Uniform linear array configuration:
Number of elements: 48
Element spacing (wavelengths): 0.25
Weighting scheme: exponential
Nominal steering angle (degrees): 45
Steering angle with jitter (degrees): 44.595
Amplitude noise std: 0.05
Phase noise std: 0.05

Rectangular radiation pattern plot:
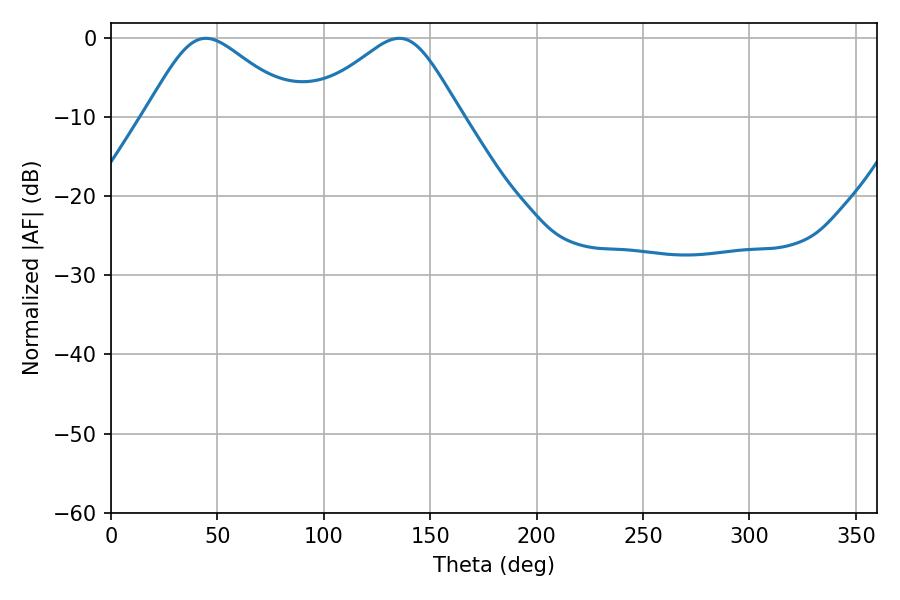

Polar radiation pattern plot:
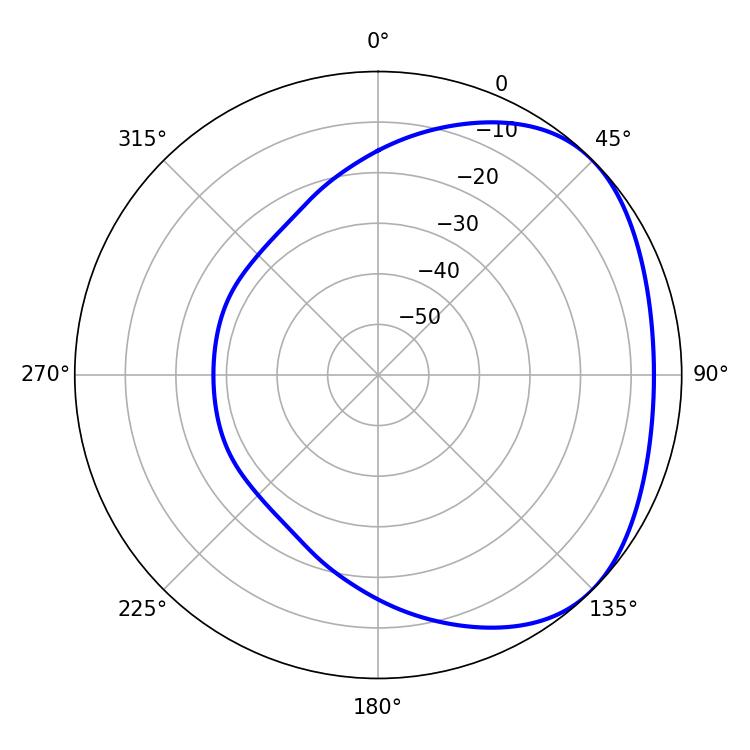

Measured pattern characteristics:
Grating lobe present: FALSE
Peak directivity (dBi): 2.802
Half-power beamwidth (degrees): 35.28
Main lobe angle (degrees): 44.64